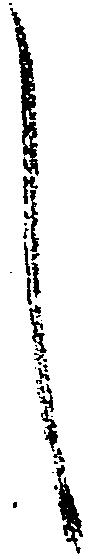
し